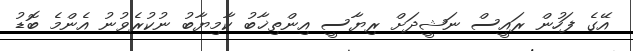
އޭގެ ފަހުން ރައީސް ނަޝީދަށް ރިޔާސީ އިންތިޚާބު ކާމިޔާބު ނުކުރެވުނު އެންމެ ބޮޑު